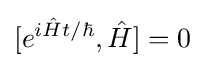
[e^{i{\hat {H}}t/\hbar },{\hat {H}}]=0